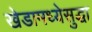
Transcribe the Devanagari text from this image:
खेडामध्येसुद्धा